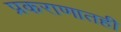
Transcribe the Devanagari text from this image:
प्रकराणातही